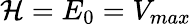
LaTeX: {\mathcal{H}}=E_{0}=V_{max}